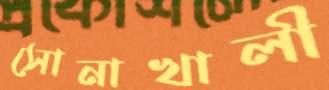
সোনাখালী